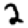
Digit: 2